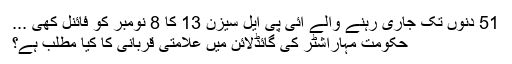
51 دنوں تک جاری رہنے والے آئی پی ایل سیزن 13 کا 8 نومبر کو فائنل کھی ...
حکومت مہاراشٹر کی گائڈلائن میں علامتی قربانی کا کیا مطلب ہے؟